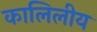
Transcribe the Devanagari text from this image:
कालिलीय